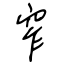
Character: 窄